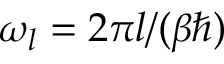
\omega _ { l } = 2 \pi { l } / ( \beta \hbar )